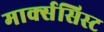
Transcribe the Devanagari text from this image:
मार्क्‍ससिस्‍ट